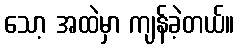
သော့ အထဲမှာ ကျန်ခဲ့တယ်။